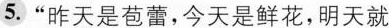
5.”昨天是苞蕾，今天是鲜花，明天就